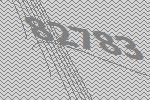
82783